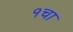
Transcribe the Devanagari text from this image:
१चा